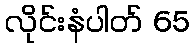
လိုင်းနံပါတ် 65